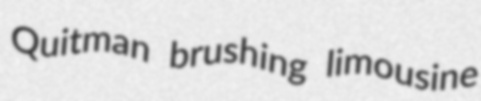
Quitman brushing limousine